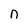
Character: n